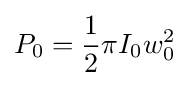
P_{0}={\frac {1}{2}}\pi I_{0}w_{0}^{2}